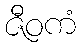
ဇီဝကံ